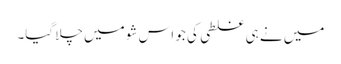
میں نے ہی غلطی کی جو اس شو میں چلا گیا۔